Report of the Indian Hemp Drugs Commission, 1894-1895 - Volume VI
Year: 1894
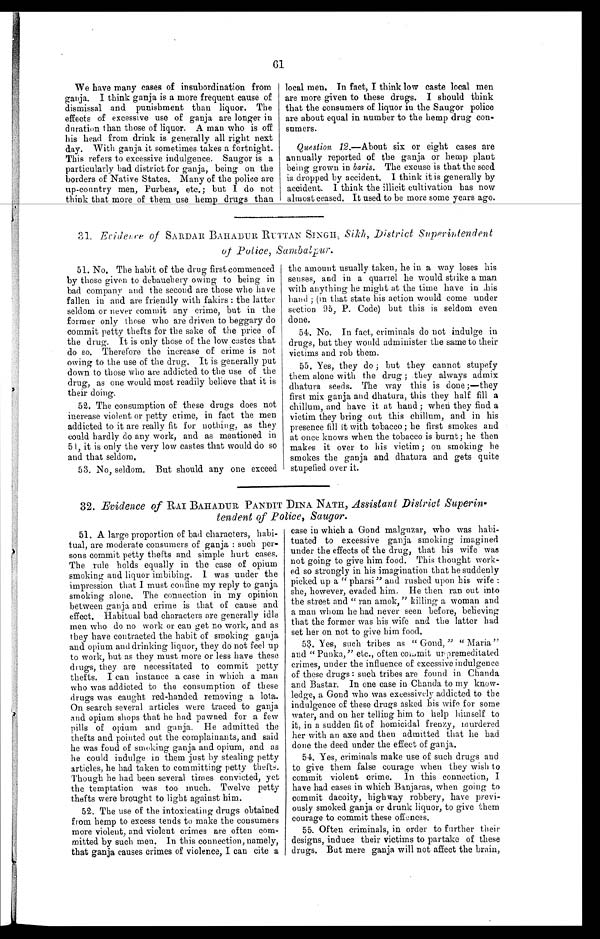
61
We have many cases of insubordination from
ganja. I think ganja is a more frequent cause of
dismissal and punishment than liquor. The
effects of excessive use of ganja are longer in
duration than those of liquor. A man who is off
his head from drink is generally all right next
day. With ganja it sometimes takes a fortnight.
This refers to excessive indulgence. Saugor is a
particularly bad district for ganja, being on the
borders of Native States. Many of the police are
up-country men, Purbeas, etc.; but I do not
think that more of them use hemp drugs than
local men. In fact, I think low caste local men
are more given to these drugs. I should think
that the consumers of liquor in the Saugor police
are about equal in number to the hemp drug con-
sumers.
Question 12.—About six or eight cases are
annually reported of the ganja or hemp plant
being grown in baris. The excuse is that the seed
is dropped by accident. I think it is generally by
accident. I think the illicit cultivation has now
almost ceased. It used to be more some years ago.
31. Evidence of SARDAR BAHADUR RUTTAN SINGH, Sikh, District Superintendent
of Police, Sambalpur.
51. No. The habit of the drug first commenced
by those given to debauchery owing to being in
bad company and the second are those who have
fallen in and are friendly with fakirs : the latter
seldom or never commit any crime, but in the
former only those who are driven to beggary do
commit petty thefts for the sake of the price of
the drug. It is only those of the low castes that
do so. Therefore the increase of crime is not
owing to the use of the drug. It is generally put
down to those who are addicted to the use of the
drug, as one would most readily believe that it is
their doing.
52. The consumption of these drugs does not
increase violent or petty crime, in fact the men
addicted to it are really fit for nothing, as they
could hardly do any work, and as mentioned in
5 1 , i t i s o n l y t h e v e r y l o w c a s t e s t h a t w o u l d d o s o
and that seldom.
53. No, seldom. But should any one exceed
the amount usually taken, he in a way loses his
senses, and in a quarrel he would strike a man
with anything he might at the time have in his
hand ; (in that state his action would come under
section 95, P. Code) but this is seldom even
done.
54. No. In fact, criminals do not indulge in
drugs, but they would administer the same to their
victims and rob them.
55. Yes, they do ; but they cannot stupefy
them alone with the drug ; they always admix
dhatura seeds. The way this is done ;—they
first mix ganja and dhatura, this they half fill a
chillum, and have it at hand ; when they find a
victim they bring out this chillum, and in his
presence fill it with tobacco; he first smokes and
at once knows when the tobacco is burnt; he then
makes it over to his victim ; on smoking he
smokes the ganja and dhatura and gets quite
stupefied over it.
32. Evidence of RAI BAHADUR PANDIT DINA NATH, Assistant District Superin
-
tendent of Police, Saugor.
51. A large proportion of bad characters, habi-
tual, are moderate consumers of ganja : such per-
sons commit petty thefts and simple hurt cases.
The rule holds equally in the case of opium
smoking and liquor imbibing. I was under the
impression that I must confine my reply to ganja
smoking alone. The connection in my opinion
between ganja and crime is that of cause and
effect. Habitual bad characters are generally idle
men who do no work or can get no work, and as
they have contracted the habit of smoking ganja
and opium and drinking liquor, they do not feel up
to work, but as they must more or less have these
drugs, they are necessitated to commit petty
thefts. I can instance a case in which a man
who was addicted to the consumption of these
drugs was caught red-handed removing a lota.
On search several articles were traced to ganja
and opium shops that he had pawned for a few
pills of opium and ganja. He admitted the
thefts and pointed out the complainants, and said
he was fond of smoking ganja and opium, and as
he could indulge in them just by stealing petty
articles, he had taken to committing petty thefts.
Though he had been several times convicted, yet
the temptation was too much. Twelve petty
thefts were brought to light against him.
52. The use of the intoxicating drugs obtained
from hemp to excess tends to make the consumers
more violent, and violent crimes are often com-
mitted by such men. In this connection, namely,
that ganja causes crimes of violence, I can cite a
case in which a Gond malguzar, who was habi-
tuated to excessive ganja smoking imagined
under the effects of the drug, that his wife was
not going to give him food. This thought work-
ed so strongly in his imagination that he suddenly
picked. up a " pharsi" and rushed upon his wife :
she, however, evaded him. He then ran out into
the street and " ran amok," killing a woman and
a man whom he had never seen before, believing
that the former was his wife and the latter had
set her on not to give him food.
53. Yes, such tribes as " Gond, " " Maria"
and " Punka," etc., often commit un premeditated
crimes, under the influence of excessive indulgence
of these drugs : such tribes are found in Chanda
and Bastar. In one case in Chanda to my know-
ledge, a Gond who was excessively addicted to the
indulgence of these drugs asked his wife for some
water, and on her telling him to help himself to
it, in a sudden fit of homicidal frenzy, murdered
her with an axe and then admitted that he had
done the deed under the effect of ganja.
54. Yes, criminals make use of such drugs and
to give them false courage when they wish to
commit violent crime. In this connection,
have had cases in which Banjaras, when going to
commit dacoity, highway robbery, have previ-
ously smoked ganja or drunk liquor, to give them
courage to commit these offences.
55. Often criminals, in order to further their
designs, induce their victims to partake of these
drugs. But mere ganja will not affect the brain,